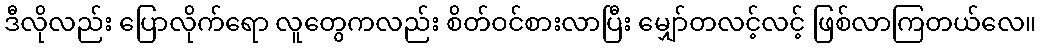
ဒီလိုလည်း ပြောလိုက်ရော လူတွေကလည်း စိတ်ဝင်စားလာပြီး မျှော်တလင့်လင့် ဖြစ်လာကြတယ်လေ။